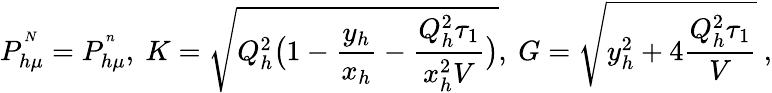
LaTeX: P_{h\mu}^{^N}=P_{h\mu}^{^n},\ K=\sqrt{Q_{h}^{2}\bigl(1-\frac{y_{h}}{x_{h}}-\frac{Q_{h}^{2}\tau_{1}}{x_{h}^{2}V}\bigr)},\ G=\sqrt{y_{h}^{2}+4\frac{Q_{h}^{2}\tau_{1}}{V}}\ ,